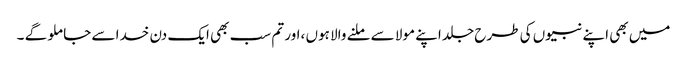
میں بھی اپنے نبیوں کی طرح جلد اپنے مولا سے ملنے والا ہوں ،اور تم سب بھی ایک دن خدا سے جا ملو گے ۔